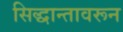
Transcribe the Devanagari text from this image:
सिद्धान्तावरून